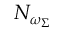
N _ { \omega _ { \Sigma } }